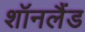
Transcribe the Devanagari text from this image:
शॉनलैंड